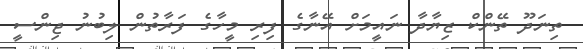
ތިނަދޫ ތޭންކް ޒިޔާދާ ނައީމަށް އޭނާގެ ފިރި މީހާގެ ފަރާތުން ލިބުނު ޖިންސީ